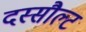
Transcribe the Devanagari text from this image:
दस्सौल्ट